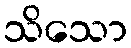
သိသော